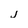
Character: j